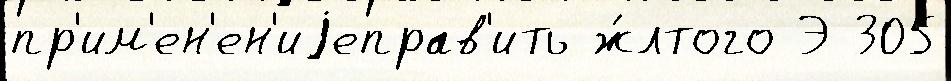
пр'им'ен'ен'иjеправ'ить ж́лтого Э 305